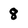
Character: 8